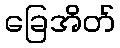
ခြေအိတ်